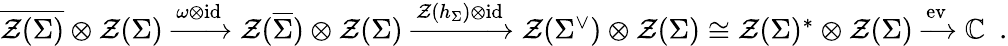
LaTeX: \begin{array}{r}{\overline{{\mathcal{Z}(\Sigma)}}\otimes\mathcal{Z}(\Sigma)\xrightarrow{\omega\otimes\operatorname{id}}\mathcal{Z}(\overline{{\Sigma}})\otimes\mathcal{Z}(\Sigma)\xrightarrow{\mathcal{Z}(h_{\Sigma})\otimes\operatorname{id}}\mathcal{Z}(\Sigma^{\vee})\otimes\mathcal{Z}(\Sigma)\cong\mathcal{Z}(\Sigma)^{*}\otimes\mathcal{Z}(\Sigma)\xrightarrow{\operatorname{ev}}\mathbb{C}\ \ .}\end{array}